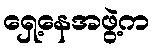
ရှေ့နေအဖွဲ့က